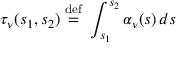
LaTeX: \tau _ { \nu } ( s _ { 1 } , s _ { 2 } ) \ { \stackrel { \mathrm { d e f } } { = } } \ \int _ { s _ { 1 } } ^ { s _ { 2 } } \alpha _ { \nu } ( s ) \, d s